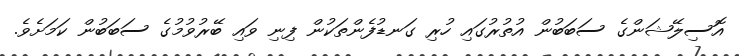
އޮސިލޭޝަންގެ ސަބަބުން އުތުރުގައި ހުރި ގަނޑުފެންތަކުން ފިނި ވައި ބޭރުވުމުގެ ސަބަބުން ކަމަށެވެ.